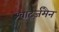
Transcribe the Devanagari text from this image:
श्वार्ट्जमैन